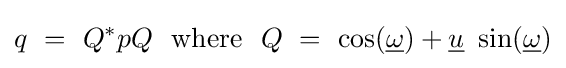
q\ =\ Q^{*}pQ\ \ {\text{where}}\ \ Q\ =\ \cos({\underline {\omega }})+{\underline {u}}\ \sin({\underline {\omega }})